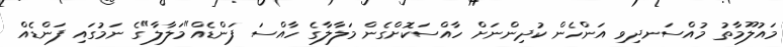
މައުލޫމާތު މުއްސަނދިވި އަންހެން ކުދިންނަށް ހާއްސަކޮށްގެން މަލާލާގެ ހާއްސަ ފަންޑެއް"މަލާލާ"ގެ ނަމުގައި ފަންޑެއް